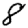
Digit: 8